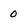
Character: 0